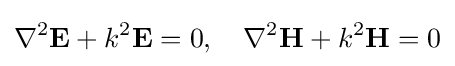
\nabla ^{2}\mathbf {E} +{k}^{2}\mathbf {E} =0,\quad \nabla ^{2}\mathbf {H} +{k}^{2}\mathbf {H} =0